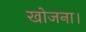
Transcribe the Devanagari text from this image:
खोजना।